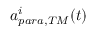
a _ { p a r a , T M } ^ { i } ( t )